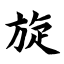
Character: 旋